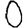
Digit: 0